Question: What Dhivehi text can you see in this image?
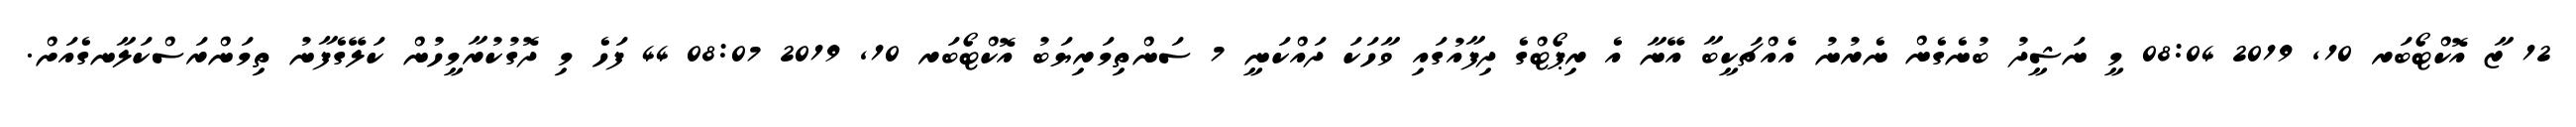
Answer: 12 ޒާ އޮކްޓޯބަރ 10, 2019 08:04 މީ ނަޝީދު ބުނެގެން ނެރުނު އެއްޗަކީބާ އޭނާ އެ ރިޕޯޓްގެ ދިފާއުގައި ވާހަކަ ދައްކަނީ 7 ސަންތިމަރިޔަބު އޮކްޓޯބަރ 10, 2019 08:07 44 ފަހެ މި ދޮގުކުރާމީހުން ކަލޭގެފާނު ތިމަންރަސްކަލާނގެއަށް.